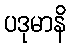
ပဒုမာနိ